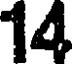
14